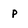
Character: p